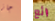
جاز رائع